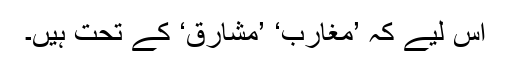
اس لیے کہ ’مغارب‘ ’مشارق‘ کے تحت ہیں۔